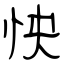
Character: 怏